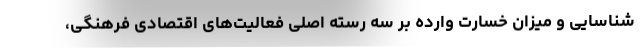
شناسایی و میزان خسارت وارده بر سه رسته اصلی فعالیت‌های اقتصادی فرهنگی،